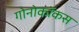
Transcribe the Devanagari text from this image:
गोनोकॉकस